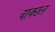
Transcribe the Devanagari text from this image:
वाक्छल